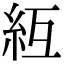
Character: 䊺